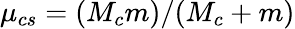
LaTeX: \mu_{cs}=(M_{c}m)/(M_{c}+m)